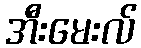
အီးမေးလ်